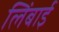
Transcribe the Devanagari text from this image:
लिंबाई